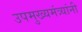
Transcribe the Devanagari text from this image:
उपमुख्यमंत्र्यांनी